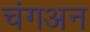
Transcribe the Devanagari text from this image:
चंगअन